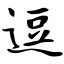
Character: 逗